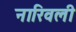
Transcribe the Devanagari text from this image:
नारिवली